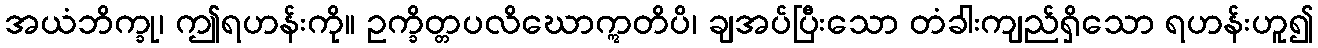
အယံဘိက္ခု၊ ဤရဟန်းကို။ ဥက္ခိတ္တပလိဃောဣတိပိ၊ ချအပ်ပြီးသော တံခါးကျည်ရှိသော ရဟန်းဟူ၍